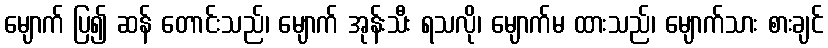
မျောက် ပြ၍ ဆန် တောင်းသည်၊ မျောက် အုန်းသီး ရသလို၊ မျောက်မ ထားသည်၊ မျောက်သား စားချင်